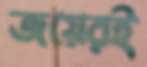
জয়েরই